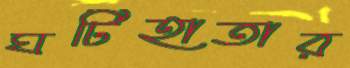
ঘটিহাতার